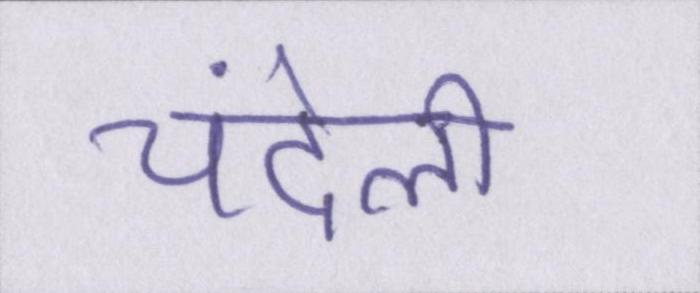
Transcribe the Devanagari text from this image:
चंदेली